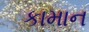
કામાન